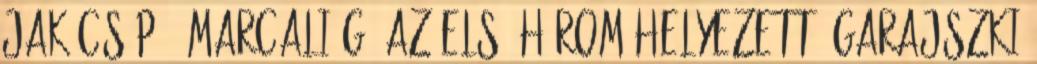
jakócs p., marcali g. Az első három helyezett: Garajszki